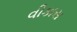
વીકાસ